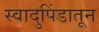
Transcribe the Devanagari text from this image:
स्वादुपिंडातून